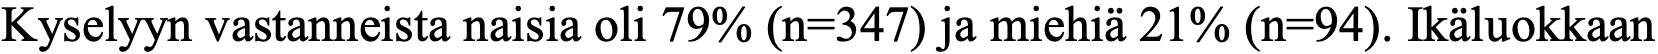
Kyselyyn vastanneista naisia oli 79% (n=347) ja miehiä 21% (n=94). Ikäluokkaan